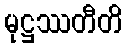
မုဋ္ဌဿတီတိ